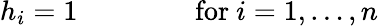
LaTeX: h_{i}=1\, \qquad\qquad{\mathrm{for~}}i=1,\ldots,n